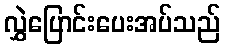
လွှဲပြောင်းပေးအပ်သည်